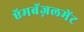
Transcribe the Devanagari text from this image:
ऍमबॅज़लमेंट